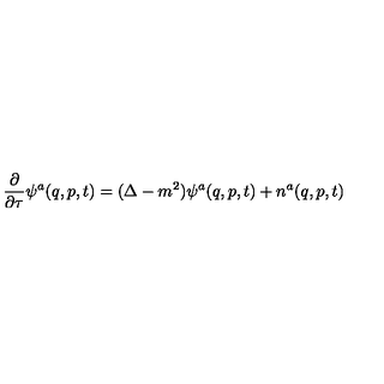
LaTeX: \frac { \partial } { \partial \tau } \psi ^ { a } ( q , p , t ) = ( \Delta - m ^ { 2 } ) \psi ^ { a } ( q , p , t ) + n ^ { a } ( q , p , t )